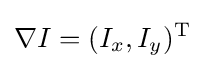
\nabla I=(I_{x},I_{y})^{\text{T}}